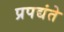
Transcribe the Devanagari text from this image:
प्रपद्यंते